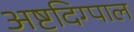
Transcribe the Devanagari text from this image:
अष्टदिग्पाल